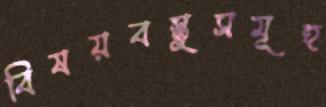
বিষয়বস্তুসমূহ